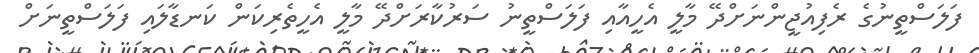
ފަލަސްތީނުގެ ރެފިއުޖީންނަށްދޭ މާލީ އެހީއާއި ފަލަސްތީނު ސަރުކާރަށްދޭ މާލީ އެހީތެރިކަން ކަނޑާލައި ފަލަސްތީނަށް